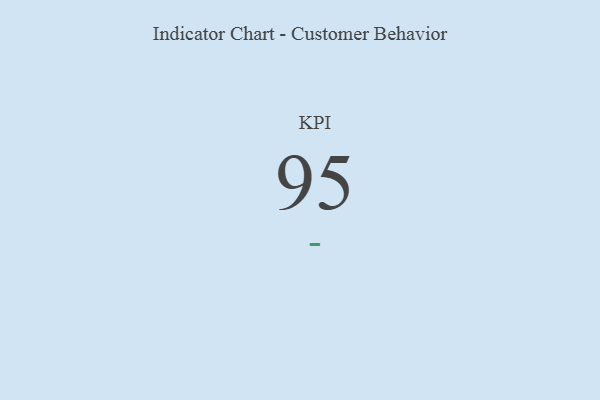
{"axis": {"x": "KPI", "y": "Value"}, "legend": [""], "data": [{"x": "KPI", "y": 95, "type": ""}]}